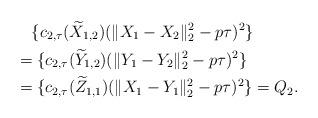
LaTeX: \begin{align*} &\quad\{c_{2,\tau}(\widetilde{X}_{1,2})(\|X_{1}-X_{2}\|_{2}^{2}-p\tau)^{2}\}\\ &=\{c_{2,\tau}(\widetilde{Y}_{1,2})(\|Y_{1}-Y_{2}\|_{2}^{2}-p\tau)^{2}\}\\ &=\{c_{2,\tau}(\widetilde{Z}_{1,1})(\|X_{1}-Y_{1}\|_{2}^{2}-p\tau)^{2}\}=Q_{2}.\end{align*}